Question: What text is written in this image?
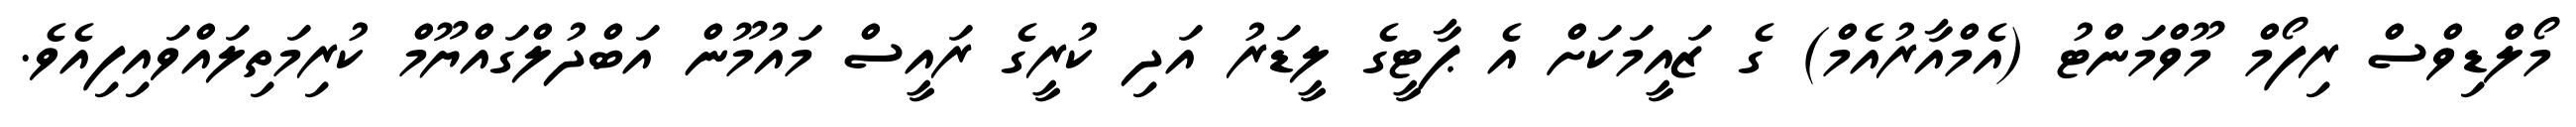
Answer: މޯލްޑިވްސް ރިފޯމް މޫވްމަންޓު (އެމްއާރުއެމް) ގެ ޒައީމަކަށް އެ ޕާޓީގެ ލީޑަރު އަދި ކުރީގެ ރައީސް މައުމޫން އަބްދުލްގައްޔޫމް ކުރިމަތިލައްވައިފިއެވެ.